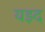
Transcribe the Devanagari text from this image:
यझ्द